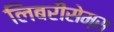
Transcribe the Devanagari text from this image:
लिबरीसेम्स